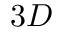
3 D